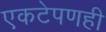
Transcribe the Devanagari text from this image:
एकटेपणही